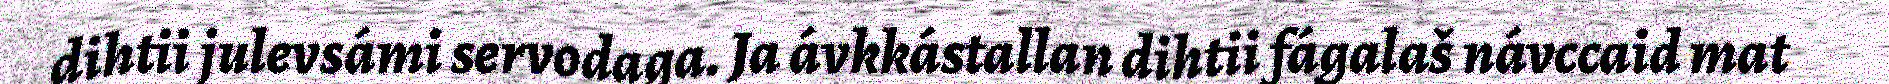
dihtii julevsámi servodaga. Ja ávkkástallan dihtii fágalaš návccaid mat